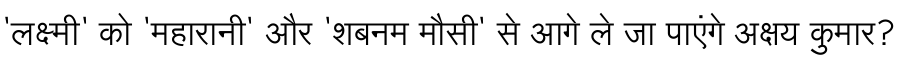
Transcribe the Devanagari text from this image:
'लक्ष्मी' को 'महारानी' और 'शबनम मौसी' से आगे ले जा पाएंगे अक्षय कुमार?